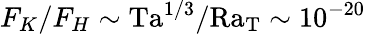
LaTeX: F_{K}/F_{H}\sim\mathrm{Ta}^{1/3}/\mathrm{Ra_{T}}\sim 10^{-20}